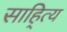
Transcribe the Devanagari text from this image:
साहि्त्य